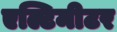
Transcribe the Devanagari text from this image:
एल्टिमीटर